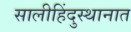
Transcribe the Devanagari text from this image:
सालीहिंदुस्थानात